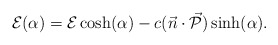
\begin{align*} {\cal{E}}(\alpha) = {\cal{E}}\cosh(\alpha)-c(\vec{n}\cdot\vec{\cal{P}})\sinh(\alpha).\end{align*}